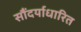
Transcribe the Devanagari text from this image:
सौंदर्याधारित